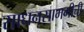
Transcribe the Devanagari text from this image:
साधनसामगीची